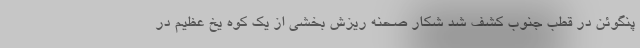
پنگوئن در قطب جنوب کشف شد شکار صحنه ریزش بخشی از یک کوه یخ عظیم در